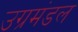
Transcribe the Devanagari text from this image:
उग्रमंडल